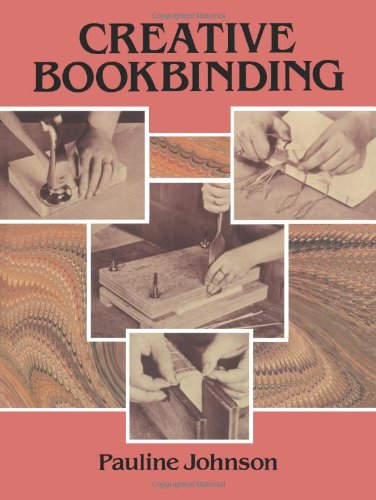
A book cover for Creative Bookbinding; Pauline Johnson; Crafts, Hobbies & Home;